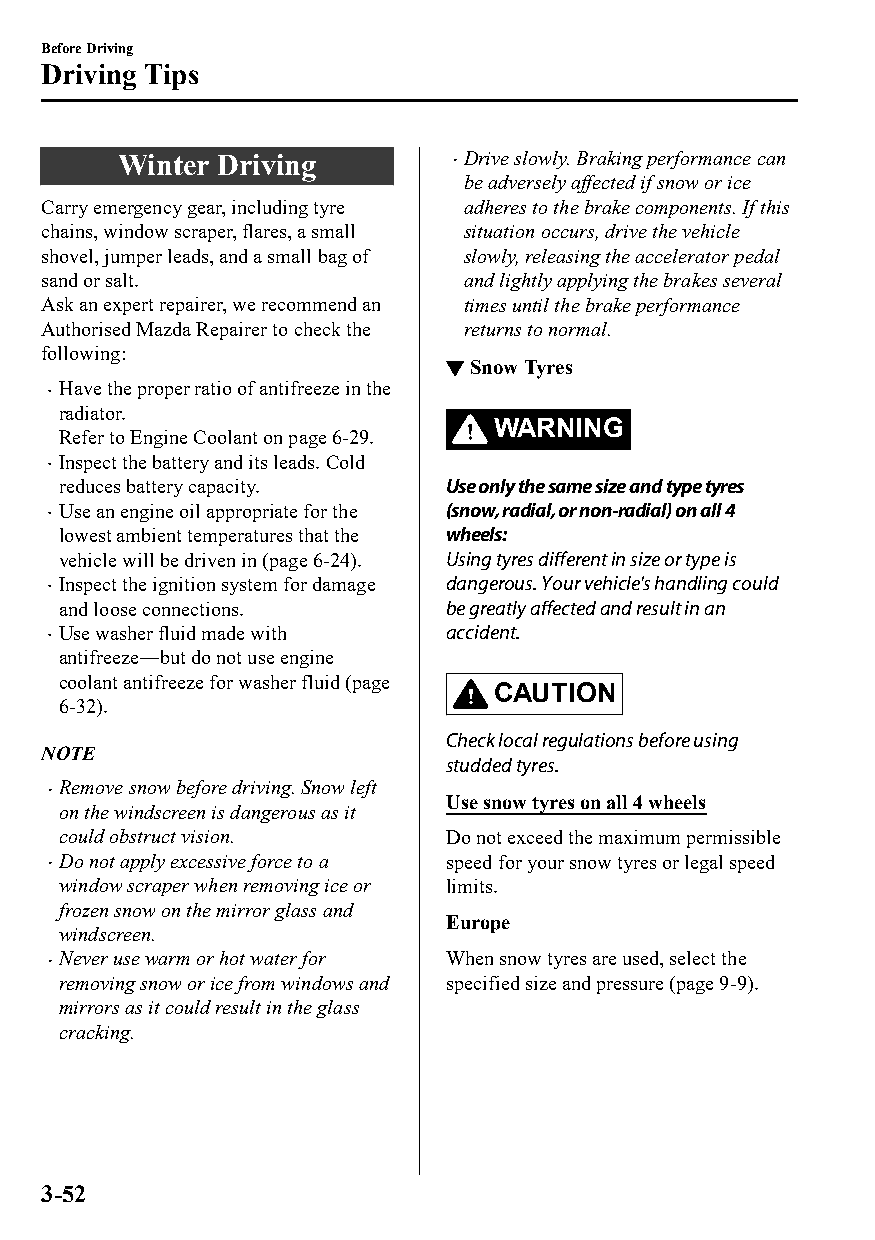
Before Driving
 Driving Tips
 Winter Driving        Drive slowly. Braking performance can
 be adversely affected if snow or ice
 Carry emergency gear, including tyre adheres to the brake components. If this
 chains, window scraper, flares, a small situation occurs, drive the vehicle
 shovel, jumper leads, and a small bag of slowly, releasing the accelerator pedal
 sand or salt.               and lightly applying the brakes several
 Ask an expert repairer, we recommend an times until the brake performance
 Authorised Mazda Repairer to check the returns to normal.
 following:
 ▼Snow Tyres
 Have the proper ratio of antifreeze in the
 
 radiator.
 WARNING
 Refer to Engine Coolant on page 6-29.
 Inspect the battery and its leads. Cold
 
 reduces battery capacity. Use only the same size and type tyres
 Use an engine oil appropriate for the (snow, radial, or non-radial) on all 4
 
 lowest ambient temperatures that the wheels:
 vehicle will be driven in (page 6-24). Using tyres different in size or type is
 Inspect the ignition system for damage dangerous. Your vehicle's handling could
 
 and loose connections.   be greatly affected and result in an
 Use washer fluid made with accident.
 
 antifreeze―but do not use engine
 coolant antifreeze for washer fluid (page
 CAUTION
 6-32).
 Check local regulations before using
 NOTE
 studded tyres.
 Remove snow before driving. Snow left
 
 Use snow tyres on all 4 wheels
 on the windscreen is dangerous as it
 could obstruct vision.   Do not exceed the maximum permissible
 Do not apply excessive force to a speed for your snow tyres or legal speed
 
 window scraper when removing ice or limits.
 frozen snow on the mirror glass and
 Europe
 windscreen.
 Never use warm or hot water for When snow tyres are used, select the
 
 removing snow or ice from windows and specified size and pressure (page 9-9).
 mirrors as it could result in the glass
 cracking.
 3-52
 CX-3_8GT4-EE-18D_Edition4                  2018-9-6 18:32:19